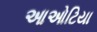
આઓટિયા